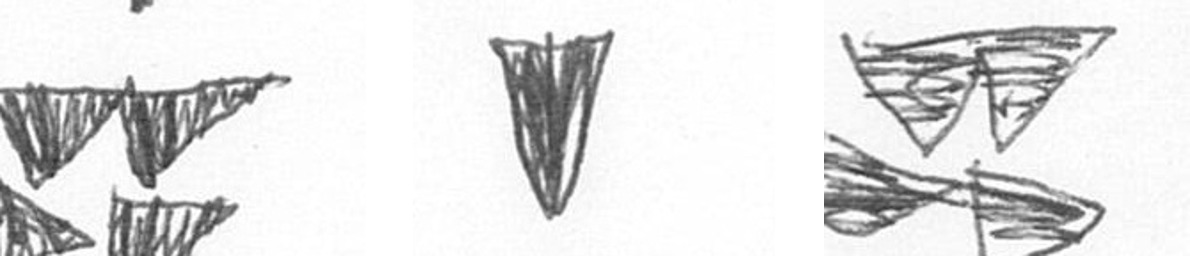
B J B